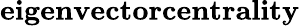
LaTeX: \textbf{eigenvectorcentrality}